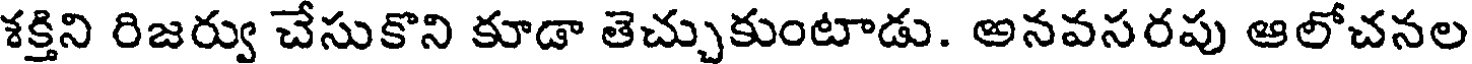
శక్తిని రిజర్వు చేసుకొని కూడా తెచ్చుకుంటాడు. అనవసరపు ఆలోచనల